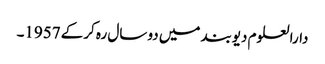
دارالعلوم دیوبند میں دو سال رہ کرکے 1957۔